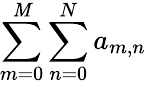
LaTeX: \sum\limits_{m=0}^{\mathit{M}}\sum\limits_{n=0}^{N}a_{m,n}